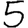
Digit: 5